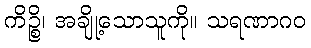
ကိဉ္စိ၊ အချို့သောသူကို။ သရဏာဂဝ